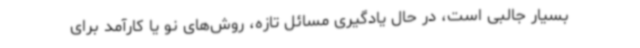
بسیار جالبی است، در حال یادگیری مسائل تازه، روش‌های نو یا کارآمد برای